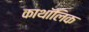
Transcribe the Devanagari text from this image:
काथॉलिक